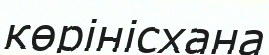
көрінісхана